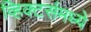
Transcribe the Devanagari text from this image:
व्हिक्टर्समध्ये